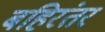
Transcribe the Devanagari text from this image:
बहिरंतर